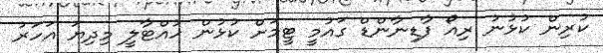
ކުރިން ކުޅުނު ރިއޯ ފާޑިނާންޑް ގައުމީ ޓީމަށް ކުޅުން ހުއްޓާލީ މިދިޔަ އަހަރު